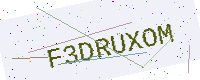
Text: F3DRUXOM